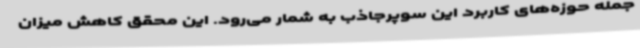
جمله حوزه‌های کاربرد این سوپرجاذب به شمار می‌رود. این محقق کاهش میزان